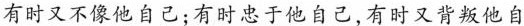
有时又不像他自己;有时忠于他自己,有时又背叛他自